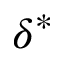
\delta ^ { * }